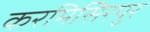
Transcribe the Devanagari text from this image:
करमिसिरपुर